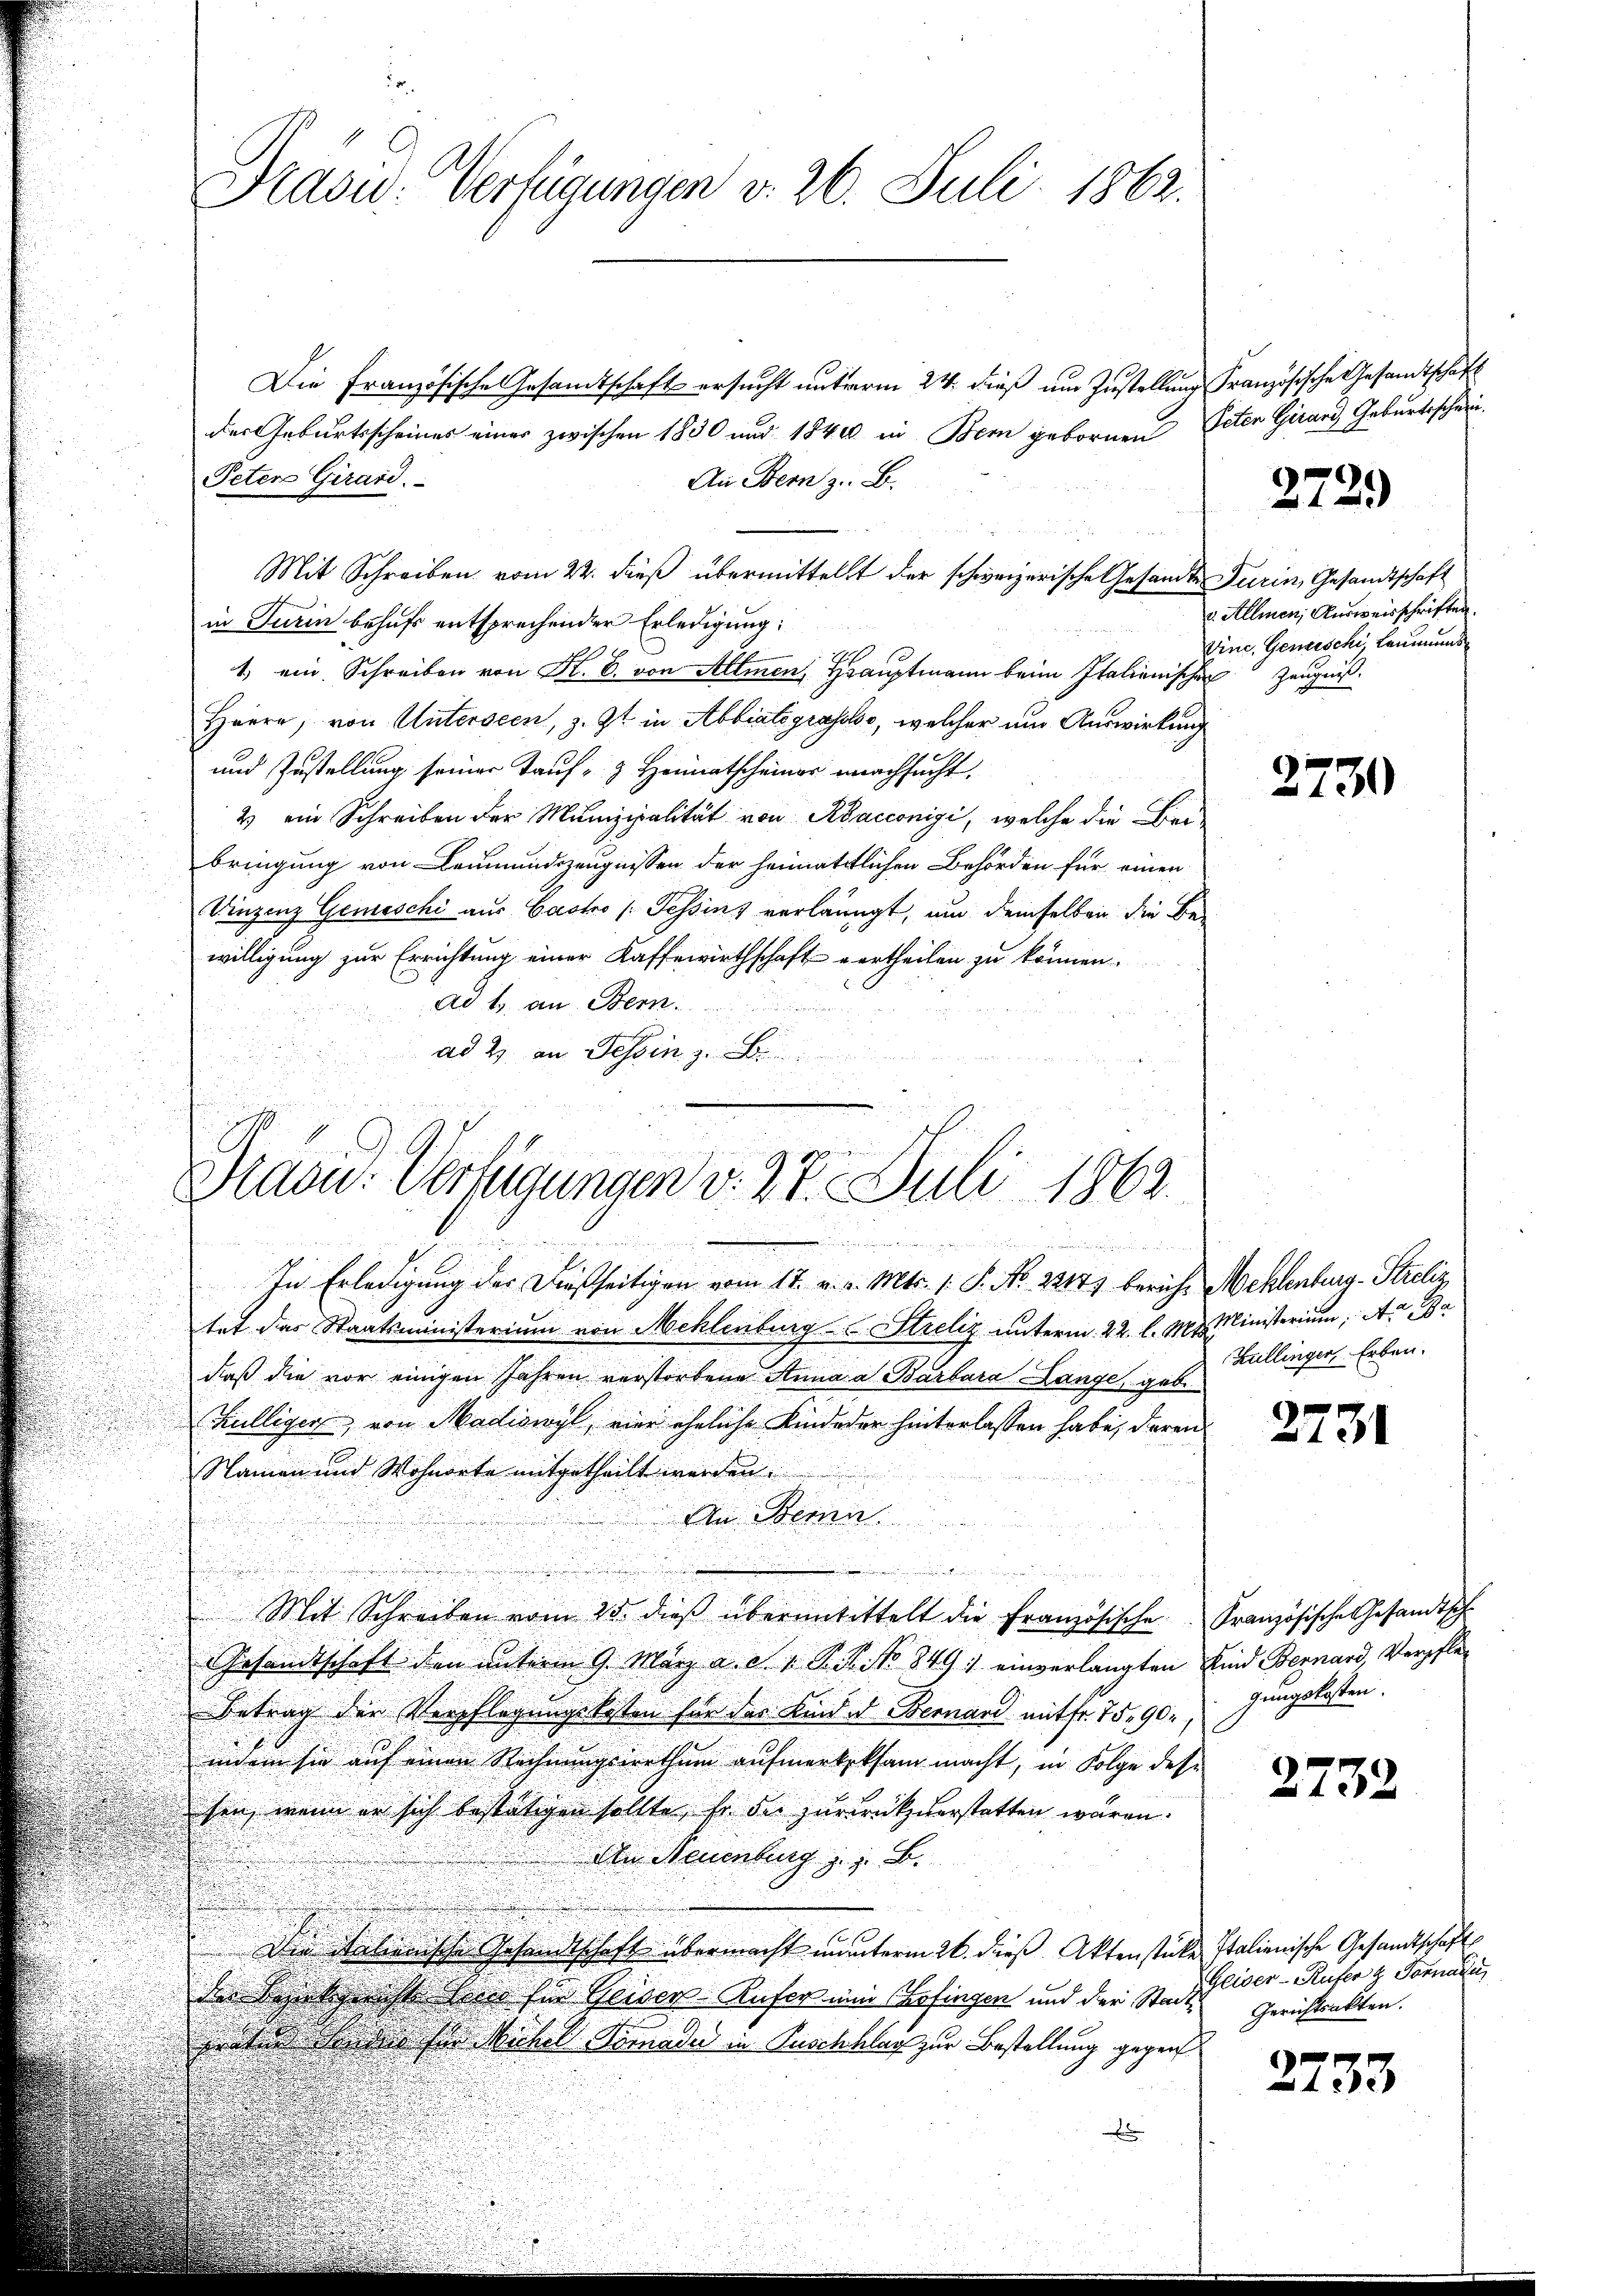
Prasid. Verfügungen v. 26. Juli 1862.

Die Französische Gesandtschaft ersucht unterm 24. dieß um Zustellung Französische Gesandtschaft
der Geburtsscheines einer zwischen 1830 und 1840 in Bern gebornen Peten Girard Geburtsschein
Peten Girard.
An Bern z. B.
Mit Schreiben vom 22. dieß übermittelst der schweizerische Gesandte Turin, Gesandtschaft
in Turin behufs entsprechender Erledigung:
1, ein Schreiben von K. B. von Allmen, Hauptmann beim Italienischen
Heere, von Unterseen, z. Zt. in Abbiatograsso, welcher um Auswirkung
und Zustellung seiner Tauf- & Heimatscheiner nachsucht.
2 ein Schreiben der Munizipalität von Rhacconigi, welche die Bei-
bringung von Leumundszeugnissen der heimatlichen Behörden für einen
Vinzenz Gemaschi aus Bacho (Tessins verlangt, um demselben die Be-
willigung zur Errichtung einer Kaffewirthschaft vertheilen zu können.
ad b. an Stern
s
ad 2. an Tessin z. B.

Dradu: Verfügungen d. 27. Juli 1862.

 ich einer

In Erledigung der dießseitigen vom 17. v. v. Mts. 1. P. No. 22171 berich. Mehlenburg-Streliz
tet das Staatsministerium von Mehlenburg Streliz unterm 22. l. Mts. Ministerium, Aa
daß die vor einigen Jahren verstorbene Anna a Barbara Lange, geb
Külliger, von Madliswyl, vier eheliche Kindeder hinterlassen habe, deren
Namen und Wohnorte mitgetheilt werden.
An Berna
n
Mit Schreiben vom 25. dieβ überantittelt die Französische Französische Gesandtsch
Gesandtschaft den unterm 9. März a. d. 1. P. R. No 849 einverlangten Kind Bernard, Verpfle¬
Betrag der Verpflegungskosten für das Kind. d. Bernard mit fr. 75. 90,
indem sie auf einen Rechnungswerthum aufmerksksam macht, in Folge des
sen, wenn er sich bestätigen sollte, so die zurückverstatten wären.
Den Neuenburg z. z. B.
Die silienische Gesandtschaft übermacht munterm 26. dieß Aktenstücke Italienische Gesandtschaft
die Brückgericht land für Geiser-Kufer ein Erfingen und der Stadtaten der der für Michael Simade in Zuschlag zur Bestellung gegen
b

2729)

v. Allmen, Ausweisschriften.
Vinc, Genieschi, Leumunds
Zeugnis.

2730

Zullinger, Erben.

2731

gungskosten.

2732

Geiser - Rufer & Formalen
Gerichtsakten.

2733